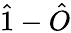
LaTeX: \hat{1}-\hat{O}